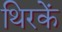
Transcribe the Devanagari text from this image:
थिरकें